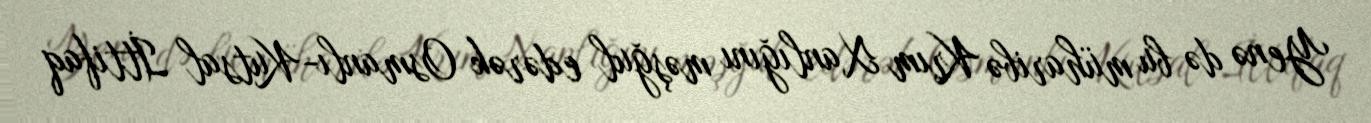
Yenə də bu müharibə Krım Xanlığını məşğul edərək Osmanlı-Kutsal İttifaq